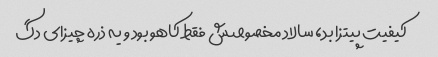
کیفیت پیتزا بد، سالاد مخصوصش فقط کاهو بود و یه ذره چیزای دگ